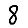
Digit: 8